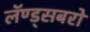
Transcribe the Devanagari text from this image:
लॅण्ड्सबरो